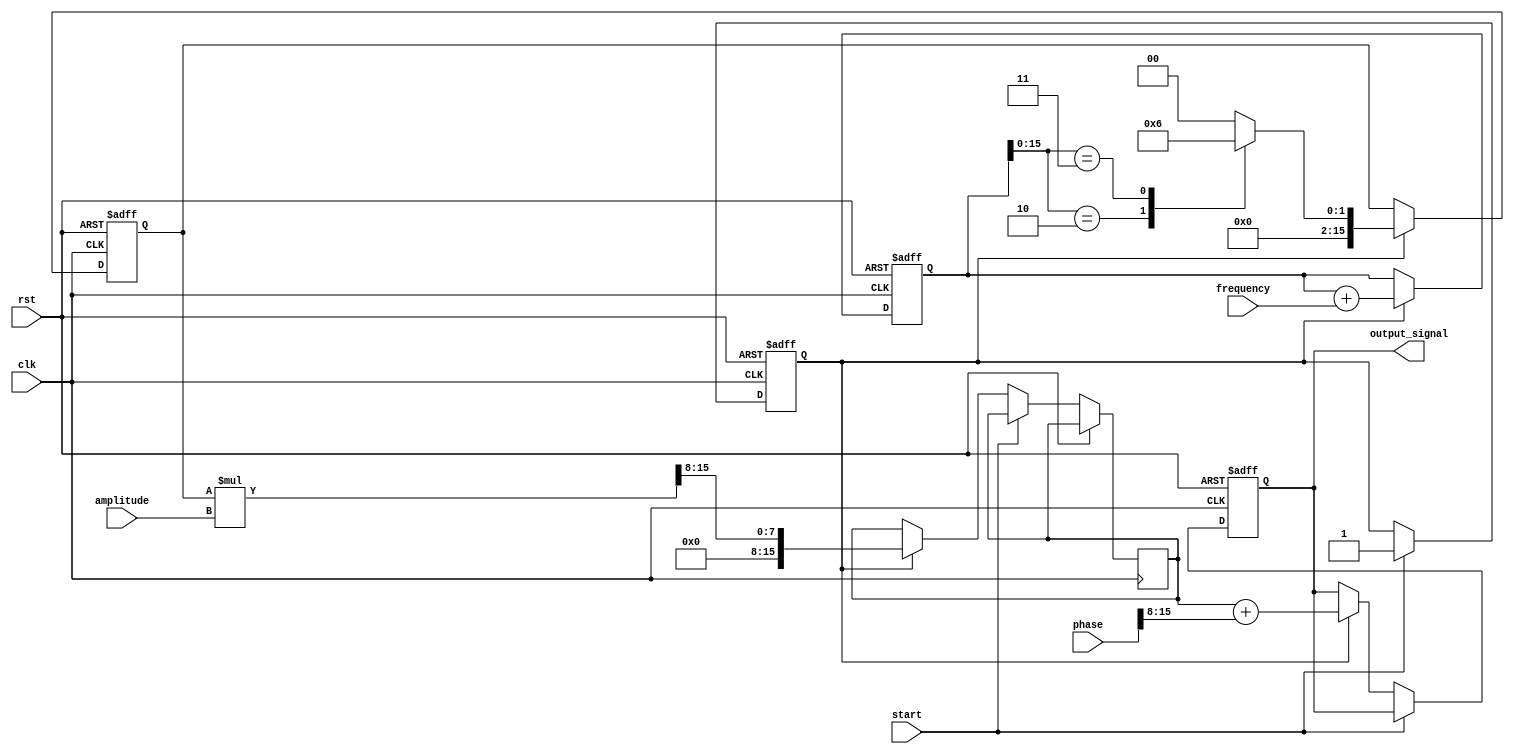
module LogarithmicWaveformGenerator (
    input wire clk,                // Main clock
    input wire rst,                // Reset signal
    input wire [15:0] frequency,   // Frequency parameter
    input wire [15:0] amplitude,    // Amplitude parameter
    input wire [15:0] phase,        // Phase parameter
    input wire start,              // Start signal for waveform generation
    output reg [15:0] output_signal // Final output signal
);

    // Internal signals
    reg [31:0] phase_accumulator;   // Phase accumulator
    reg [15:0] log_value;           // Logarithmic value
    reg [15:0] waveform;            // Intermediate waveform signal
    reg generating;                 // Generation state

    // Logarithmic function using a simple lookup table (LUT)
    function [15:0] log_lut(input [15:0] x);
        case (x)
            16'd1: log_lut = 16'd0;
            16'd2: log_lut = 16'd1;
            16'd3: log_lut = 16'd2;
            // Add more LUT entries as needed
            default: log_lut = 16'd0; // Default case
        endcase
    endfunction

    // Frequency control logic (simple phase increment)
    always @(posedge clk or posedge rst) begin
        if (rst) begin
            phase_accumulator <= 32'd0;
        end else if (generating) begin
            phase_accumulator <= phase_accumulator + frequency;
        end
    end

    // Logarithmic value calculation
    always @(posedge clk or posedge rst) begin
        if (rst) begin
            log_value <= 16'd0;
        end else if (generating) begin
            log_value <= log_lut(phase_accumulator[15:0]); // Example usage of LUT
        end
    end

    // Waveform generation
    always @(posedge clk or posedge rst) begin
        if (rst) begin
            generating <= 1'b0;
            output_signal <= 16'd0;
        end else if (start) begin
            generating <= 1'b1;
        end else if (generating) begin
            waveform <= (log_value * amplitude) >> 8; // Scale and create waveform
            output_signal <= waveform + (phase >> 8); // Include phase offset
        end
    end

endmodule